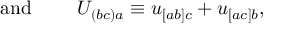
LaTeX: \mathrm { a n d ~ } \qquad U _ { ( b c ) a } \equiv u _ { [ a b ] c } + u _ { [ a c ] b } ,